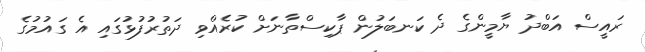
ރައީސް އަބްދު ޔާމީންގެ ދެ ކަނބަލުން ޕާކިސްތާނަށް ކުރެއްވި ދަތުރުފުޅުގައި އެ ގައުމުގެ